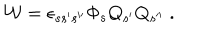
{ \cal W } = \epsilon _ { s s ^ { \prime } s ^ { \prime \prime } } \Phi _ { s } Q _ { s ^ { \prime } } Q _ { s ^ { \prime \prime } } ~ .